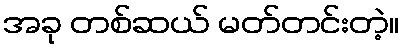
အခု တစ်ဆယ် မတ်တင်းတဲ့။